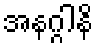
အနဂ္ဂါနိ